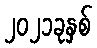
၂၀၂၁ခုနှစ်